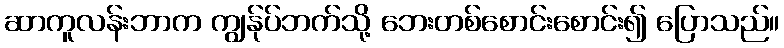
ဆာကူလန်းဘာက ကျွန်ုပ်ဘက်သို့ ဘေးတစ်စောင်းစောင်း၍ ပြောသည်။